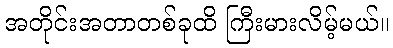
အတိုင်းအတာတစ်ခုထိ ကြီးမားလိမ့်မယ်။